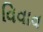
વિવાવ